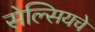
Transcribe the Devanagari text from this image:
सेल्सियचे